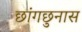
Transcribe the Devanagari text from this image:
छांगछुनास